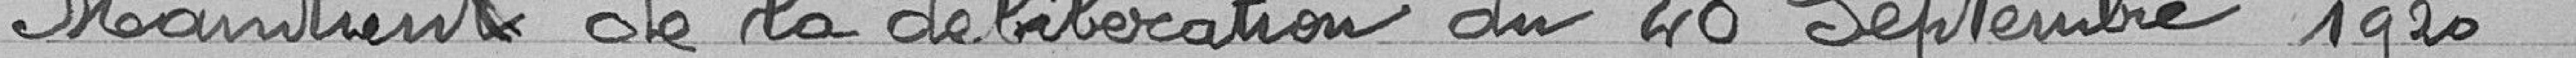
Maintien de la délibération du 20 septembre 1920